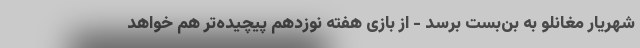
شهریار مغانلو به بن‌بست برسد - از بازی هفته نوزدهم پیچیده‌تر هم خواهد